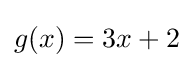
g(x)=3x+2